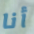
أنا